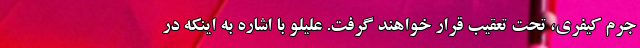
جرم کیفری، تحت تعقیب قرار خواهند گرفت. علیلو با اشاره به اینکه در